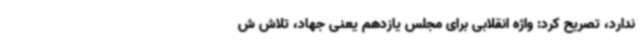
ندارد، تصریح کرد: واژه انقلابی برای مجلس یازدهم یعنی جهاد، تلاش ش